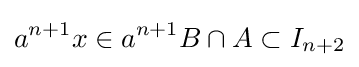
a^{n+1}x\in a^{n+1}B\cap A\subset I_{n+2}